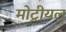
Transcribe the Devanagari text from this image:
मोट्रीयल